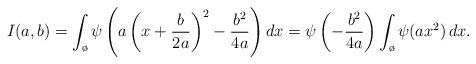
LaTeX: \begin{align*} I(a,b) = \int_{\o} \psi\left( a \left( x + \frac{b}{2a} \right)^2 - \frac{b^2}{4a} \right) dx = \psi \left( - \frac{b^2}{4a} \right) \int_{\o} \psi(a x^2) \, dx.\end{align*}